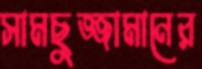
সামছুজ্জামানের